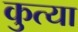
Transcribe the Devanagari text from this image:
कुत्या